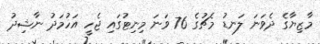
މާޒިޔާގެ ދެވަނަ ލަނޑު މެޗުގެ 76 ވަނަ މިނިޓުގައި ޖެހީ އަހުމަދު ނާޝިދު